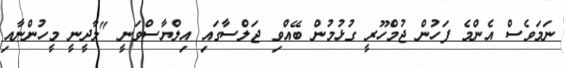
ނަމަވެސް އެންމެ ފަހުން ޖުމްހޫރީ ގުޅުމުން ބޭއްވި ޖަލްސާގައި އިލްޔާސްވަނީ "ލާދީނީ މީހުންނާއި